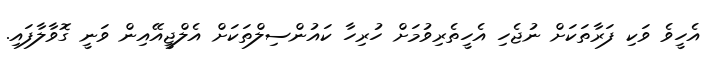
އެހީވެ ވަކި ފަރާތަކަށް ނުޖެހި އެހީތެރިވުމަށް ހުރިހާ ކައުންސިލްތަކަށް އެލްޖީއޭއިން ވަނީ ގޮވާލާފައި.